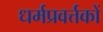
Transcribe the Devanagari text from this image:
धर्मप्रवर्त्तकों